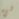
شيء